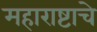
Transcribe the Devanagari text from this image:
महाराष्टाचे